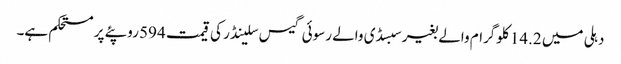
دہلی میں 14.2 کلوگرام والے بغیر سبسڈی والے رسوئی گیس سلینڈر کی قیمت 594 روپئے پر مستحکم ہے۔